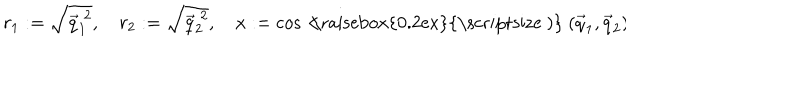
LaTeX: r _ { 1 } : = \sqrt { \vec { q } _ { 1 } ^ { \; 2 } } , \hspace { 1 e m } r _ { 2 } : = \sqrt { \vec { q } _ { 2 } ^ { \; 2 } } , \hspace { 1 e m } x : = \cos < \hspace { - 0 . 7 5 e m } \mathrm { \raisebox { 0 . 2 e x } { \scriptsize ~ ) } } \; ( \vec { q } _ { 1 } , \vec { q } _ { 2 } ) \hspace { 1 c m } .